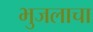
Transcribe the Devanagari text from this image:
भुजलाचा